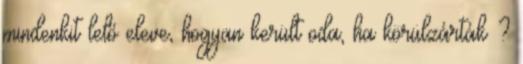
mindenkit lelő eleve, hogyan került oda, ha körülzárták ?